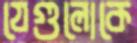
যেগুলোকে